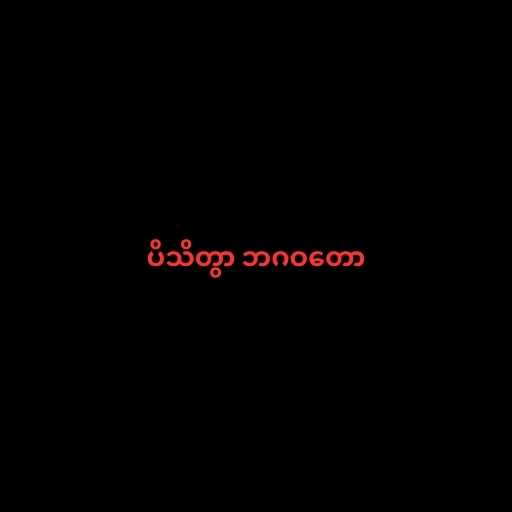
ပိသိတွာ ဘဂဝတော